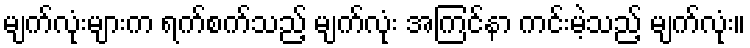
မျက်လုံးများက ရက်စက်သည့် မျက်လုံး အကြင်နာ ကင်းမဲ့သည့် မျက်လုံး။